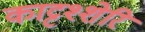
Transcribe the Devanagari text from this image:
काट्टश्शेरि